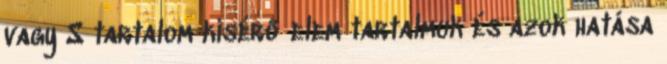
vagy S tartalom kísérő elem tartalmuk és azok hatása